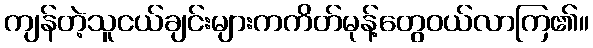
ကျန်တဲ့သူငယ်ချင်းများကကိတ်မုန့်တွေဝယ်လာကြ၏။